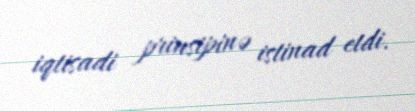
iqtisadi prinsipinə istinad etdi.